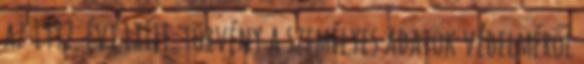
az 1992. évi LXIII. törvény a személyes adatok védelméről